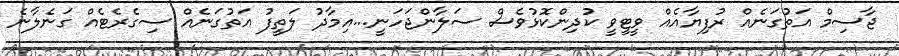
ޖާސިމް އަތުގަނެއް ރުފިޔާއެއް ވީޓީވީ ކުދިންކޮޅުވެސް ސަލާންޖަހަނީ...އިމާދު ލަތީފު އަތުގަނެއް ސިގެރެޓެއް ގަނެލާނެ